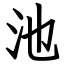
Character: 池